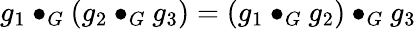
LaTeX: g_{1}\bullet_{G}(g_{2}\bullet_{G}g_{3})=(g_{1}\bullet_{G}g_{2})\bullet_{G}g_{3}